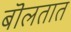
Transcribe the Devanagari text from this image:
बॊलतात